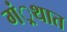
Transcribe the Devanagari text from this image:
गं्रथात